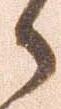
候